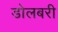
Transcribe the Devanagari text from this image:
डोलबरी